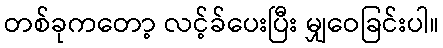
တစ်ခုကတော့ လင့်ခ်ပေးပြီး မျှဝေခြင်းပါ။